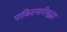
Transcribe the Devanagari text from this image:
पाकिटमारीसुद्धा